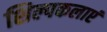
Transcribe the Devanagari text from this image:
शिल्पकलाएं